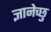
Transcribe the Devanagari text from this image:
ज्ञानेच्छु